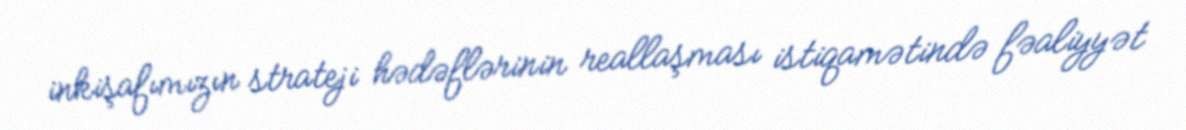
inkişafımızın strateji hədəflərinin reallaşması istiqamətində fəaliyyət